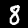
Digit: 8